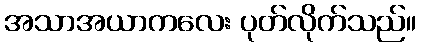
အသာအယာကလေး ပုတ်လိုက်သည်။